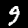
Label: 9